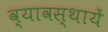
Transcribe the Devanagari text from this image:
व्यावस्थायें